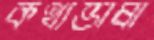
কথ্যভাষা